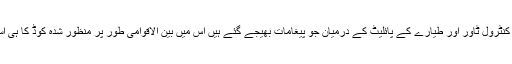
کیونکہ ایئر پورٹ کنٹرول ٹاور اور طیارے کے پائلیٹ کے درمیان جو پیغامات بھیجے گئے ہیں اس میں بین الاقوامی طور پر منظور شدہ کوڈ کا ہی استعمال کیا گیا ہے۔